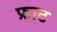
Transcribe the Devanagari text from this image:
फ्राट